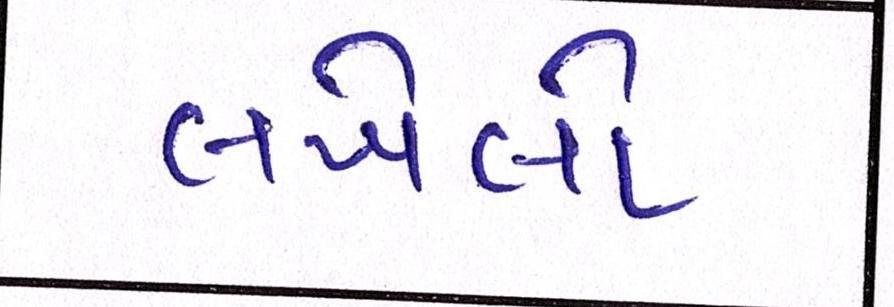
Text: લખેલો